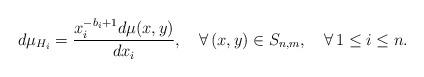
LaTeX: \begin{align*}d\mu_{H_i} = \frac{x_i^{-b_i+1}d\mu(x,y)}{dx_i},\quad\forall\, (x,y)\in S_{n,m},\quad\forall\, 1\leq i\leq n.\end{align*}